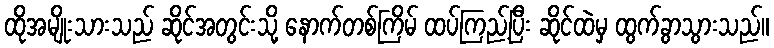
ထိုအမျိုးသားသည် ဆိုင်အတွင်းသို့ နောက်တစ်ကြိမ် ထပ်ကြည့်ပြီး ဆိုင်ထဲမှ ထွက်ခွာသွားသည်။